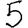
Digit: 5